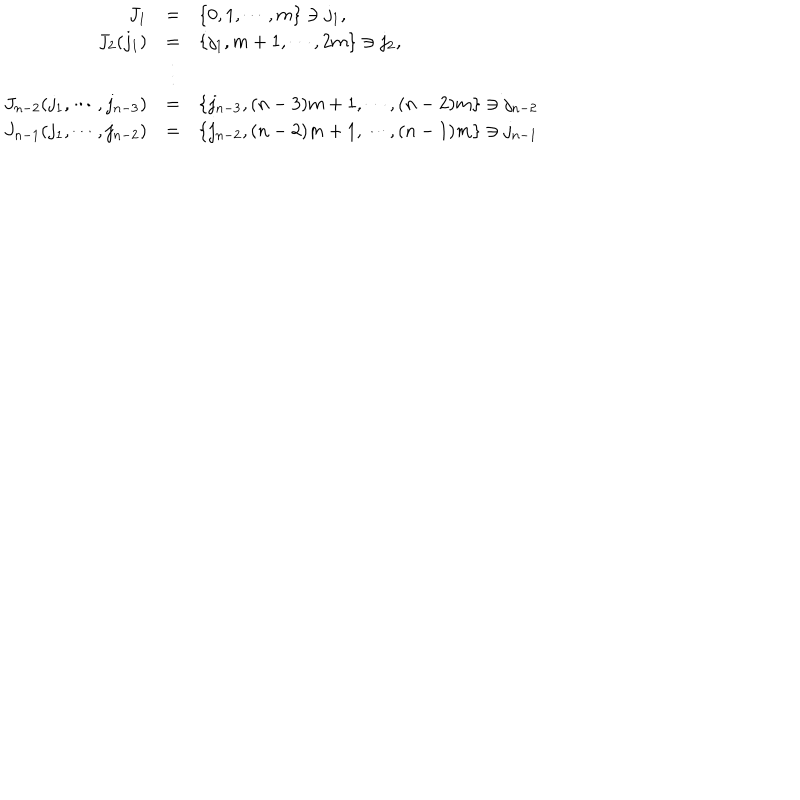
\begin{array} { r c l } { { J _ { 1 } } } & { { = } } & { { \{ 0 , 1 , \cdots , m \} \ni j _ { 1 } , } } \\ { { J _ { 2 } ( j _ { 1 } ) } } & { { = } } & { { \{ j _ { 1 } , m + 1 , \cdots , 2 m \} \ni j _ { 2 } , } } \\ { { } } & { { \vdots } } & { { } } \\ { { J _ { n - 2 } ( j _ { 1 } , \cdots , j _ { n - 3 } ) } } & { { = } } & { { \{ j _ { n - 3 } , ( n - 3 ) m + 1 , \cdots , ( n - 2 ) m \} \ni j _ { n - 2 } } } \\ { { J _ { n - 1 } ( j _ { 1 } , \cdots , j _ { n - 2 } ) } } & { { = } } & { { \{ j _ { n - 2 } , ( n - 2 ) m + 1 , \cdots , ( n - 1 ) m \} \ni j _ { n - 1 } } } \\ \end{array}